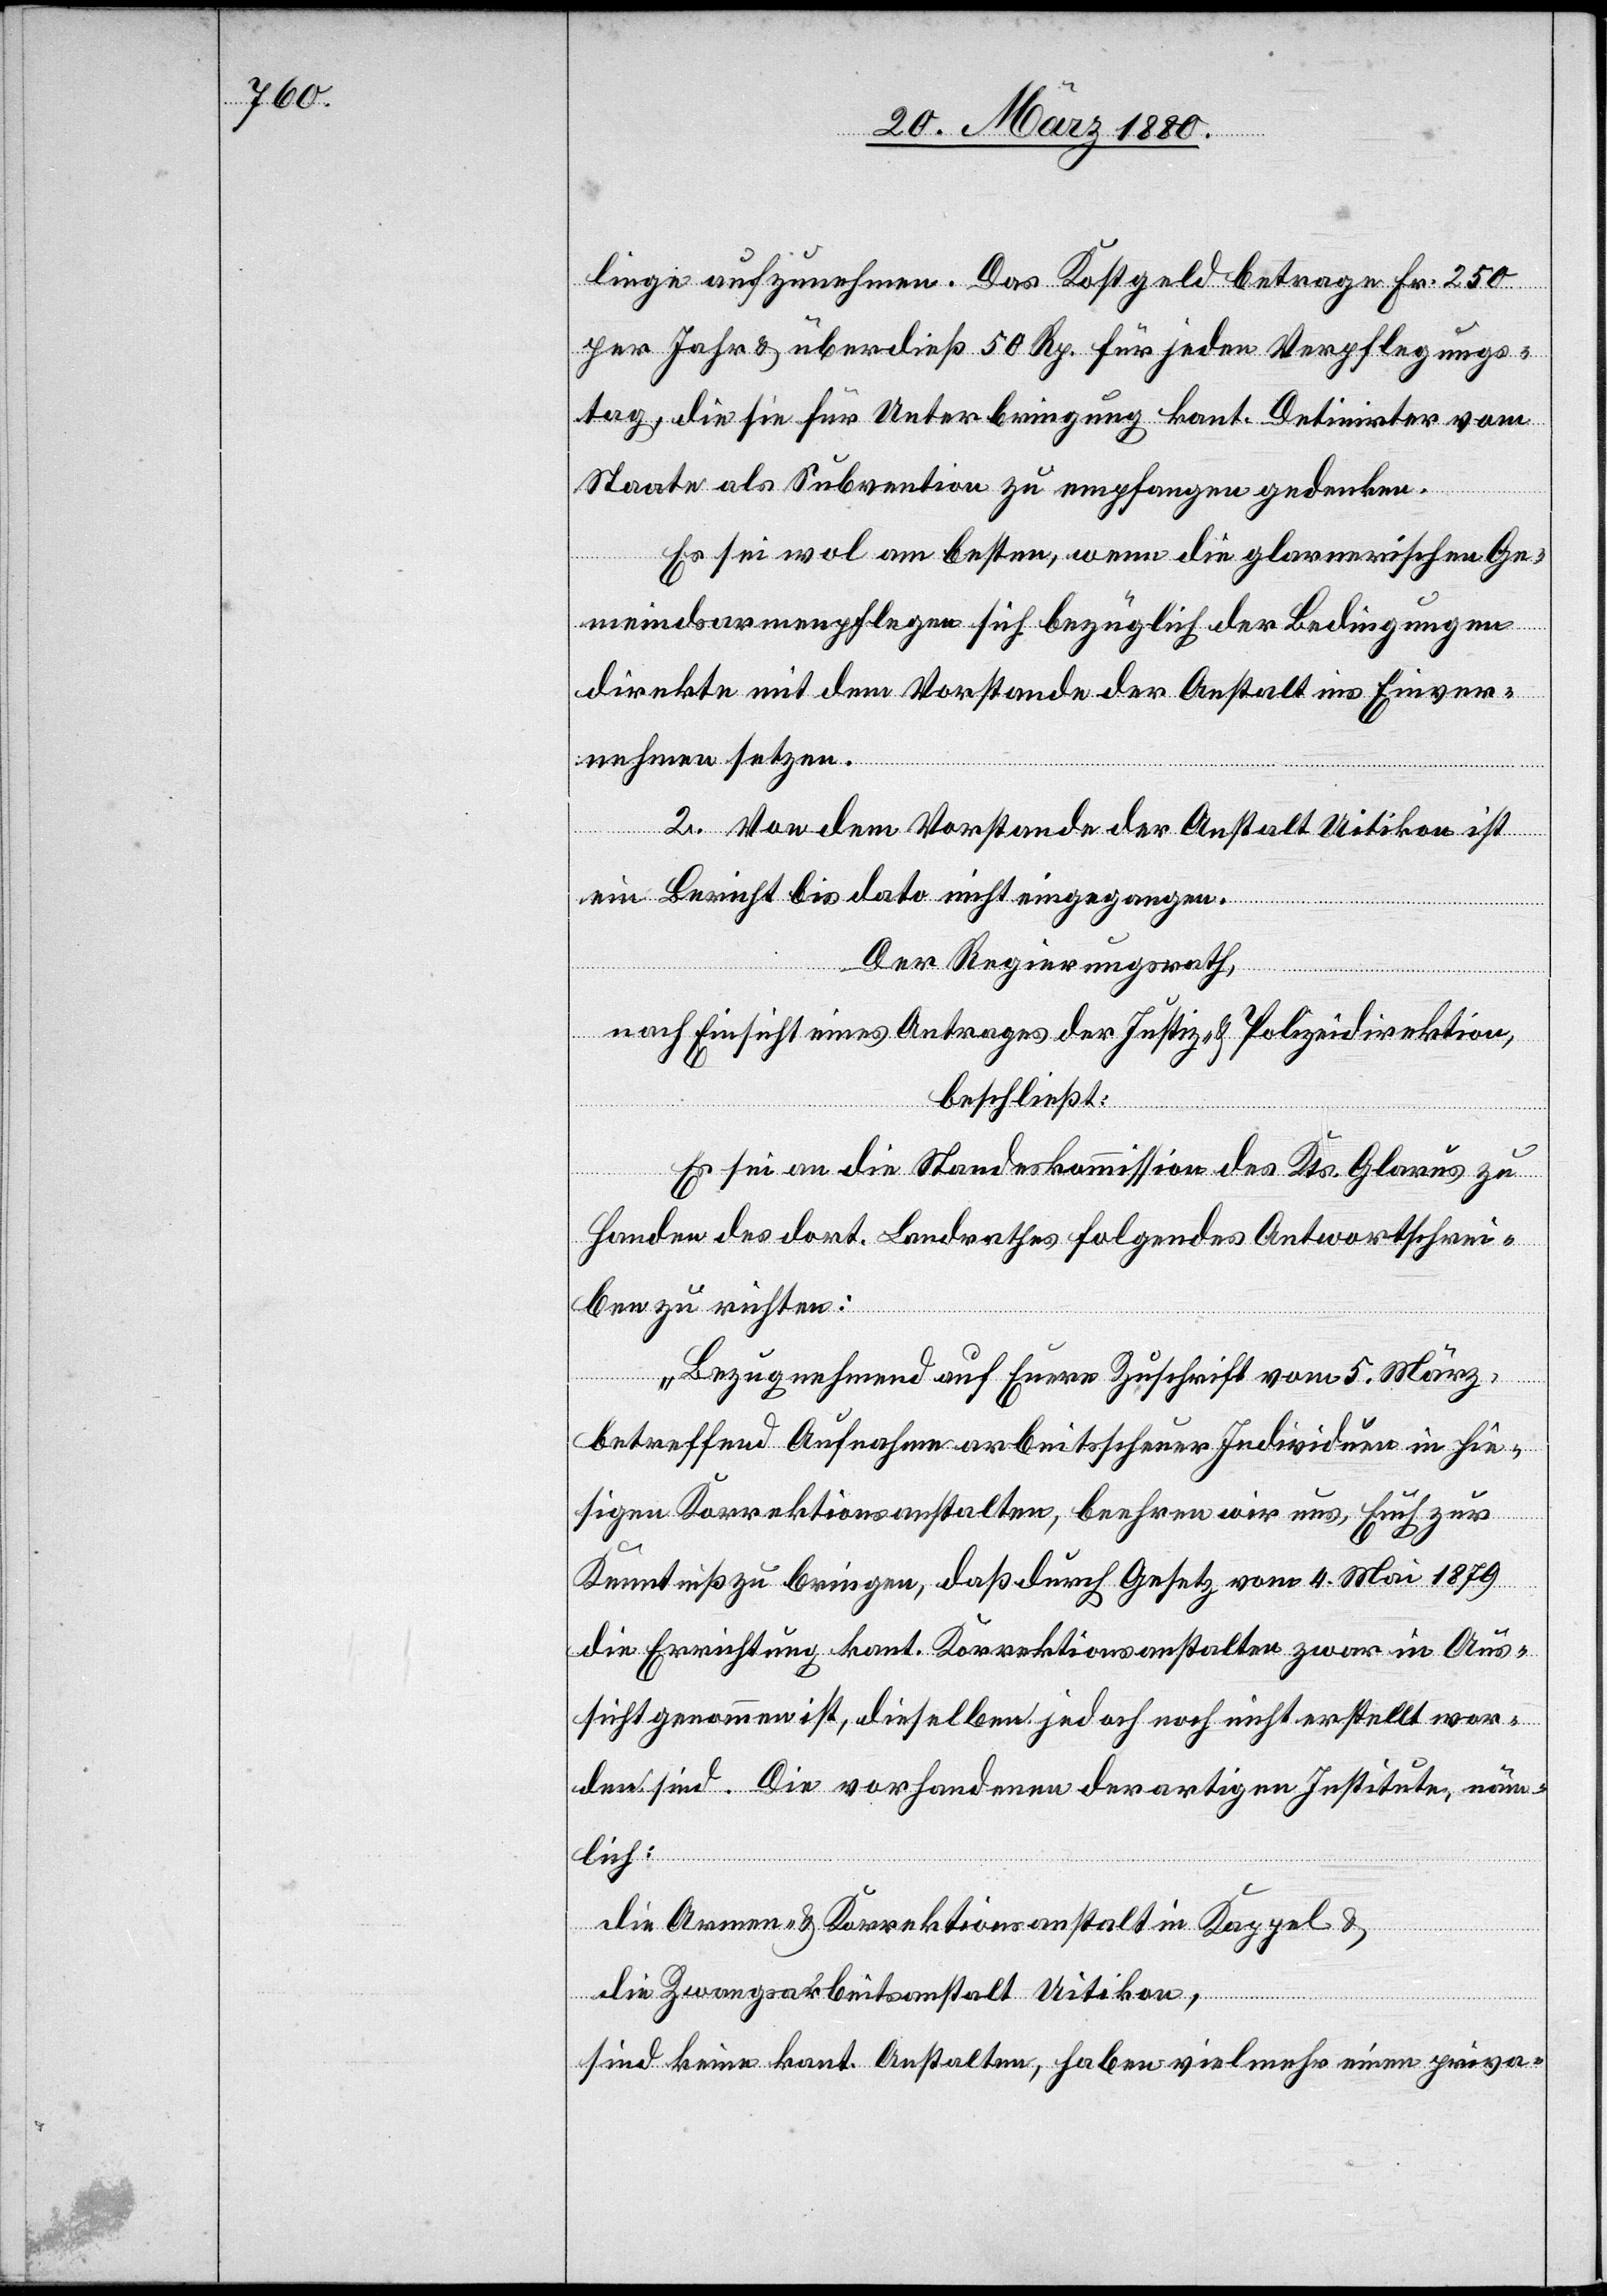
linge aufzunehmen. Das Kostgelde betrage Fr. 250
per Jahr 6 überdieß 50 Rp. für jeden Verpflegungs¬
tag, die sie für Unterbringung kant. Detinirter vom
Staate als Subvention zu empfangen gedenken.
Es sei wol am besten, wenn die glarnerischen Ge¬
meindsarmenpflegen sich bezüglich der Bedingungen
direkte mit dem Vorstande der Anstalt ins Einver¬
nehmen setzen.
2. Von dem Vorstande der Anstalt Uitikon ist
ein Bericht bis dato nicht eingegangen.
Der Regierungsrath,
nach Einsicht eines Antrages der Justiz- & Polizeidirektion,
beschließt:
Es sei an die Standeskommission des Kts. Glarus zu
Handen des dort. Landrathes folgendes Antwortschrei¬
ben zu richten:
„Bezugnehmend auf Eure Zuschrift vom 5. März,
betreffend Aufnahme arbeitsscheuer Individuen in hie¬
sigen Korrektionsanstalten, beehren wir uns, Euch zur
Kenntniß zu bringen, daß durch Gesetz vom 4. Mai 1879
die Errichtung kant. Korrektionsanstalten zwar in Aus¬
sicht genommen ist, dieselben jedoch noch nicht erstellt wor¬
den sind. Die vorhandenen derartigen Institute, näm¬
lich:
die Armen- & Korrektionsanstalt Kappel &
die Zwangsarbeitsanstalt Uitikon,
sind keine kant. Anstalten, haben vielmehr einen priva-